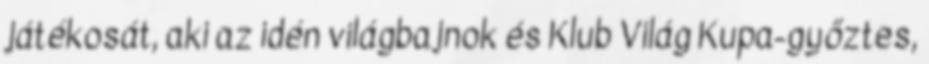
játékosát, aki az idén világbajnok és Klub Világ Kupa-győztes,